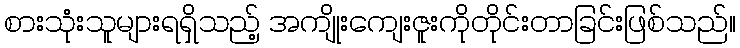
စားသုံးသူများရရှိသည့် အကျိုးကျေးဇူးကိုတိုင်းတာခြင်းဖြစ်သည်။